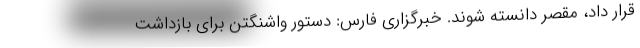
قرار داد، مقصر دانسته شوند. خبرگزاری فارس: دستور واشنگتن برای بازداشت